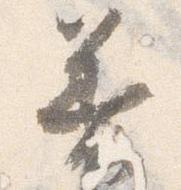
着